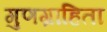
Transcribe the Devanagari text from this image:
गुणग्राहिता